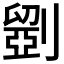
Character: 𠠇